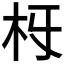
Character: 𣏛